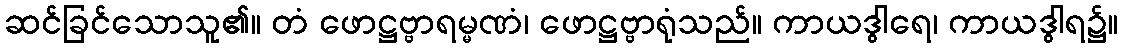
ဆင်ခြင်သောသူ၏။ တံ ဖောဋ္ဌဗ္ဗာရမ္မဏံ၊ ဖောဋ္ဌဗ္ဗာရုံသည်။ ကာယဒွါရေ၊ ကာယဒွါရ၌။